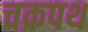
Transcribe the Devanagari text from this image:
चक्रपथ